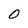
Character: O